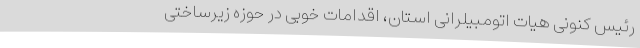
رئیس کنونی هیات اتومبیلرانی استان، اقدامات خوبی در حوزه زیرساختی